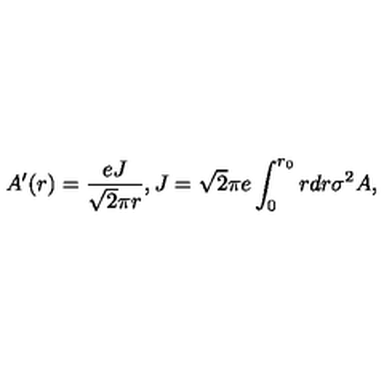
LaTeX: A ^ { \prime } ( r ) = \frac { e J } { \sqrt { 2 } \pi r } , J = \sqrt { 2 } \pi e \int _ { 0 } ^ { r _ { 0 } } r d r \sigma ^ { 2 } A ,